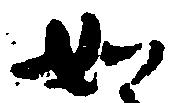
如